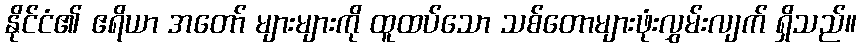
နိုင်ငံ၏ ဧရိယာ အတော် များများကို ထူထပ်သော သစ်တောများဖုံးလွှမ်းလျက် ရှိသည်။